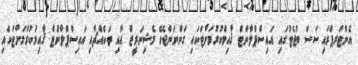
އެންޓަރޕްރައިސަސް ބަޖެޓުގައި އައިސްޕްލާންޓް ޤާއިމްކުރުމަށްޓަކައި ގަންނަންޖެހޭ މެޝިނަރީޒް އާއި ތަކެއްޗާއި އައިސްޕްލާންޓް ޤާއިމުކުރުމަށްޓަކައި